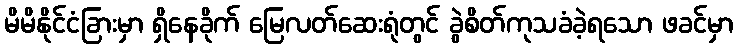
မိမိနိုင်ငံခြားမှာ ရှိနေခိုက် မြေလတ်ဆေးရုံတွင် ခွဲစိတ်ကုသခံခဲ့ရသော ဖခင်မှာ